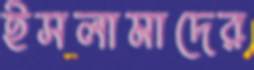
ইসলামাদের